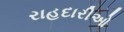
રાહદારીઓ